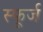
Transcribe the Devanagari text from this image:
स्फूर्ज